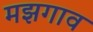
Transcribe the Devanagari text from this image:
मझगाव